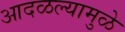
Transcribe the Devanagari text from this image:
आदळल्यामुळे